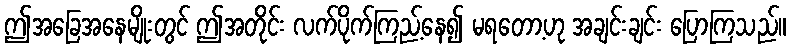
ဤအခြေအနေမျိုးတွင် ဤအတိုင်း လက်ပိုက်ကြည့်နေ၍ မရတော့ဟု အချင်းချင်း ပြောကြသည်။